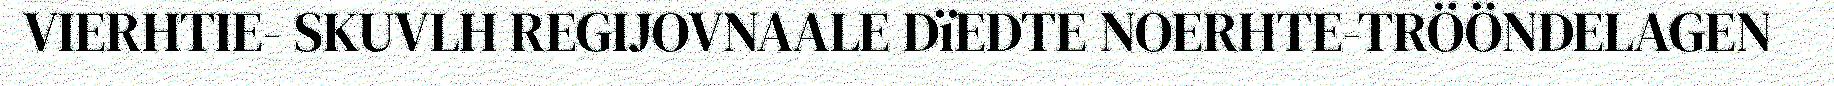
VIERHTIE- SKUVLH REGIJOVNAALE DïEDTE NOERHTE-TRÖÖNDELAGEN